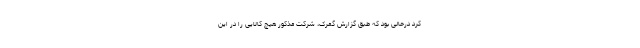
کرد درحالی بود که طبق گزارش گمرک، شرکت مذکور هیچ کالایی را در این